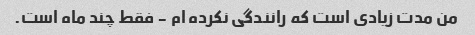
من مدت زیادی است که رانندگی نکرده ام - فقط چند ماه است.